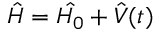
\hat { H } = \hat { H _ { 0 } } + \hat { V } ( t )